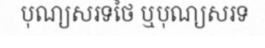
បុណ្យសរទថៃ ឬបុណ្យសរទ